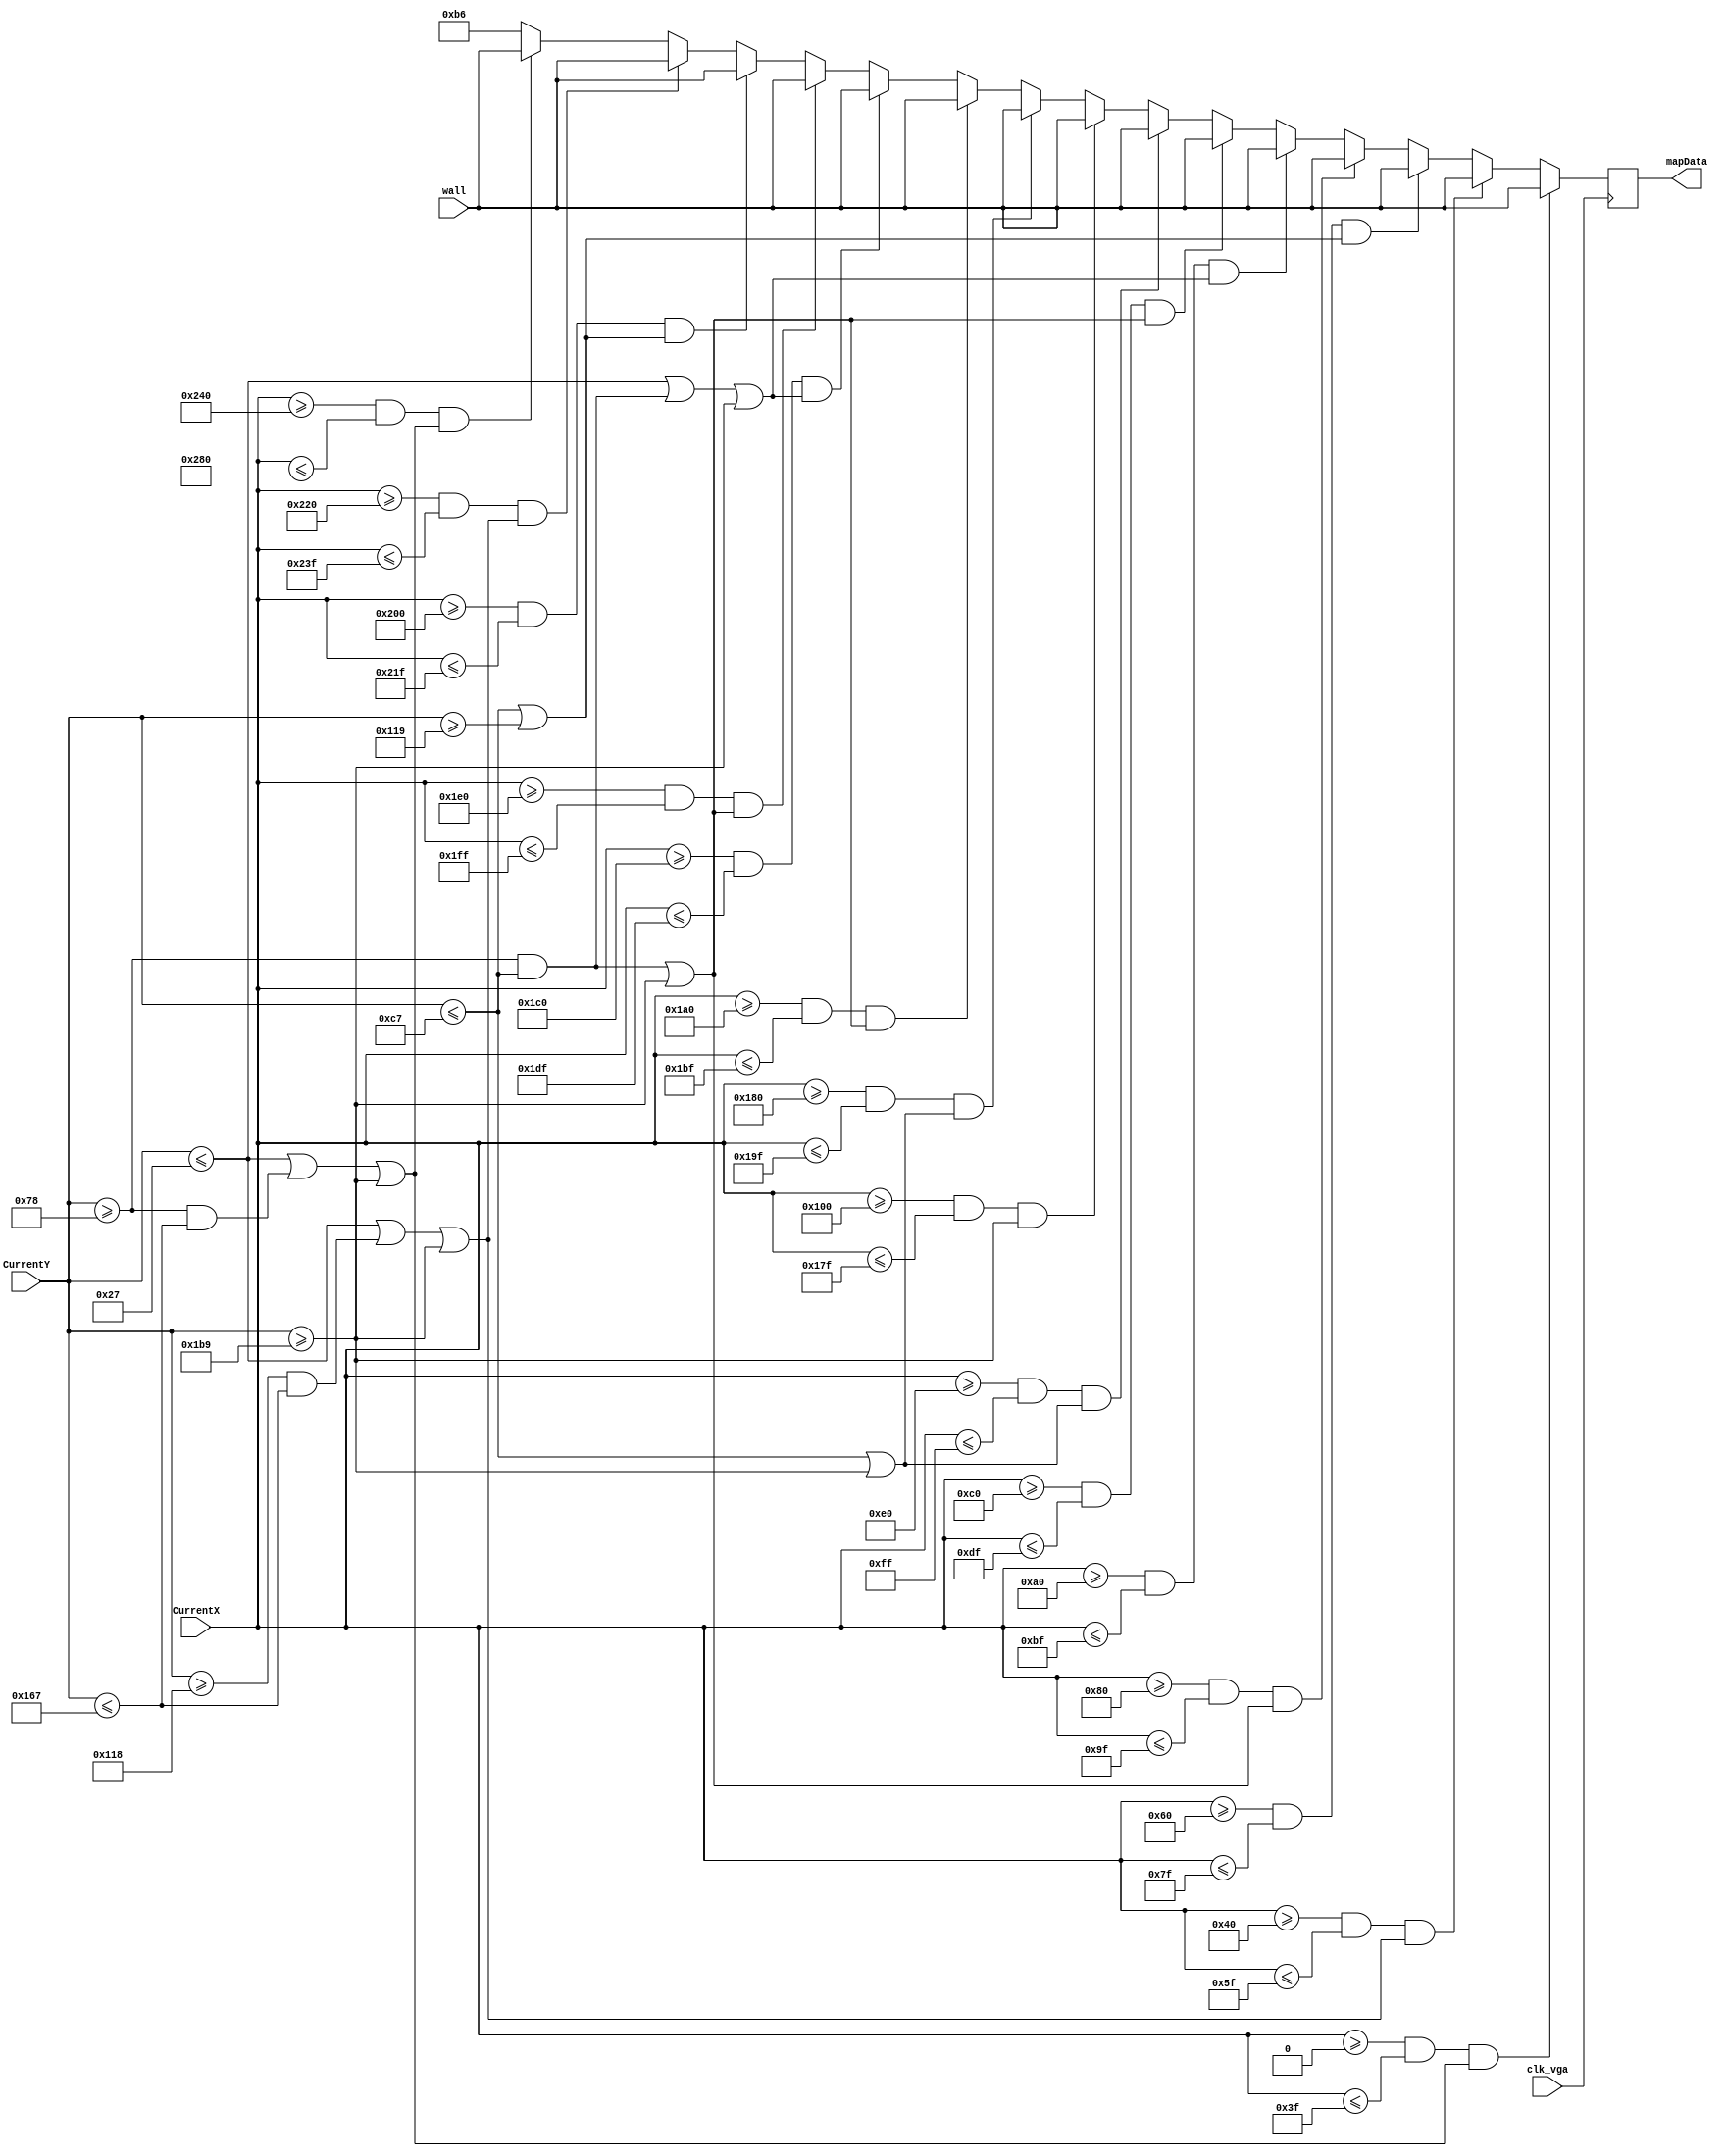
module SCenterMaze(clk_vga, CurrentX, CurrentY, mapData, wall);
	input clk_vga;
	input [9:0]CurrentX;
	input [8:0]CurrentY;
	input [7:0]wall;
	output [7:0]mapData;
	reg [7:0]mColor;
	always @(posedge clk_vga) begin
		if((CurrentX >= 0 && CurrentX <=63) && ( 
			(CurrentY <= 39) ||
			(CurrentY >= 120 && CurrentY <= 359) || 
			(CurrentY >= 441) ) )
			mColor[7:0] <= wall;
		else if( (CurrentX >= 64 && CurrentX <= 95) && ( 
			(CurrentY <= 39) ||
			(CurrentY >= 280 && CurrentY <= 359) || 
			(CurrentY >= 441) ) )
			mColor[7:0] <= wall;
		else if( (CurrentX >= 96 && CurrentX <= 127) && ( 
			(CurrentY <= 199) || 
			(CurrentY >= 281) ) ) 
			mColor[7:0] <= wall;
		else if( (CurrentX >= 128 && CurrentX <= 159) && ( 
			(CurrentY >= 120 && CurrentY <= 199) || 
			(CurrentY >= 441) ) )
			mColor[7:0] <= wall;
		else if( (CurrentX >= 160 && CurrentX <= 191) && (
			(CurrentY <= 39) ||
			(CurrentY >= 120 && CurrentY <= 199) ||
			(CurrentY >= 441) ) )
			mColor[7:0] <= wall;
		else if( (CurrentX >= 192 && CurrentX <= 223) && (
			(CurrentY >= 120 && CurrentY <= 199) || 
			(CurrentY >= 441) ) )
			mColor[7:0] <= wall;
		else if( (CurrentX >= 224 && CurrentX <= 255) && (
			(CurrentY <= 199) || 
			(CurrentY >= 441) ) ) 
			mColor[7:0] <= wall;
		else if( (CurrentX >= 256 && CurrentX <= 383) && (
			(CurrentY >= 441) ) )
			mColor[7:0] <= wall;
		else if( (CurrentX >= 384 && CurrentX <= 415) && (
			(CurrentY <= 199) || 
			(CurrentY >= 441) ) ) 
			mColor[7:0] <= wall;
		else if( (CurrentX >= 416 && CurrentX <= 447) && (
			(CurrentY >= 120 && CurrentY <= 199) || 
			(CurrentY >= 441) ) )
			mColor[7:0] <= wall;
		else if( (CurrentX >= 448 && CurrentX <= 479) && (
			(CurrentY <= 39) ||
			(CurrentY >= 120 && CurrentY <= 199) ||
			(CurrentY >= 441) ) )
			mColor[7:0] <= wall;
		else if( (CurrentX >= 480 && CurrentX <= 511) && (
			(CurrentY >= 120 && CurrentY <= 199) || 
			(CurrentY >= 441) ) )
			mColor[7:0] <= wall;
		else if( (CurrentX >= 512 && CurrentX <= 543) && (
			(CurrentY <= 199) || 
			(CurrentY >= 281) ) ) 
			mColor[7:0] <= wall;
		else if( (CurrentX >= 544 && CurrentX <= 575) && ( 
			(CurrentY <= 39) ||
			(CurrentY >= 280 && CurrentY <= 359) || 
			(CurrentY >= 441) ) )
			mColor[7:0] <= wall;
		else if((CurrentX >= 576 && CurrentX <= 640) && ( 
			(CurrentY <= 39) ||
			(CurrentY >= 120 && CurrentY <= 359) || 
			(CurrentY >= 441) ) )
			mColor[7:0] <= wall;
		else
			mColor[7:0] <= 8'b10110110;
	end
	assign mapData = mColor;
endmodule